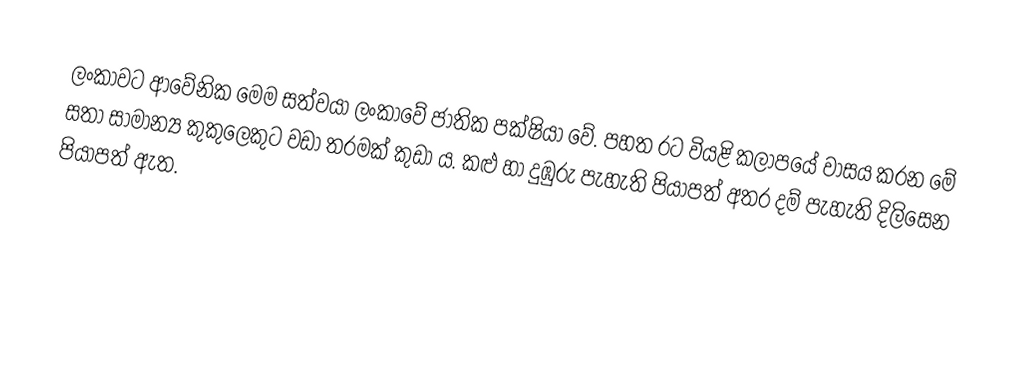
ලංකාවට ආවේනික මෙම සත්වයා ලංකාවේ ජාතික පක්ෂියා වේ. පහත රට වියළි කලාපයේ වාසය කරන මේ සතා සාමාන්‍ය කුකුලෙකුට වඩා තරමක් කුඩා ය. කළු හා දුඹුරු පැහැති පියාපත් අතර දම් පැහැති දිලිසෙන පියාපත් ඇත.